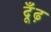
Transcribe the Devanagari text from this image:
दूँढ़